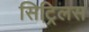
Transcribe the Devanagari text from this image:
सिट्रिलस